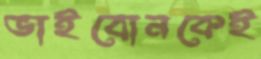
ভাইবোনকেই